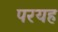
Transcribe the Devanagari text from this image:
परयह